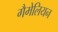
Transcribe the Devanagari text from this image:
गैमेलियन